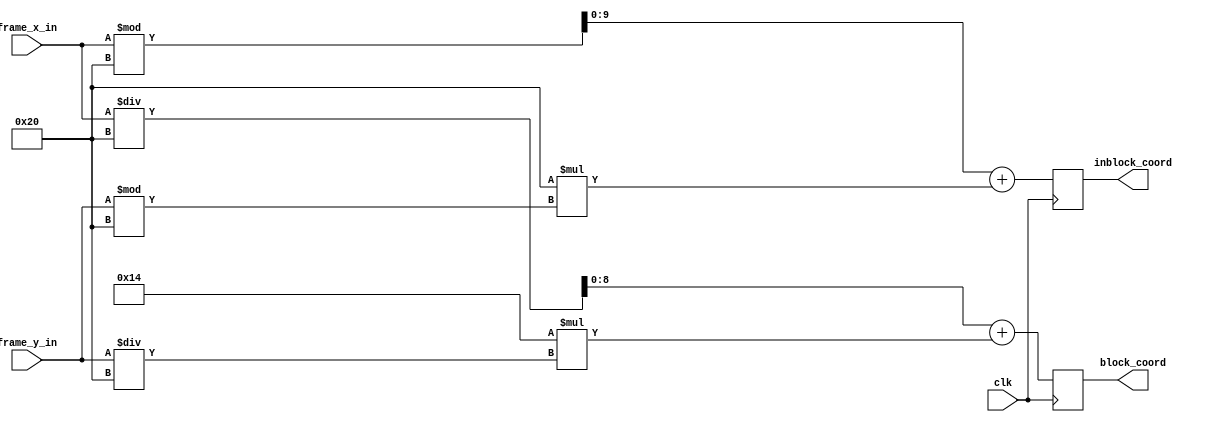
module block_conversion (frame_x_in, frame_y_in, clk, block_coord, inblock_coord);
	input[9:0] frame_x_in;
	input[9:0] frame_y_in;
	input clk;
	output[8:0] block_coord;
	output[9:0] inblock_coord;


wire [9:0] frame_x_in;
wire [9:0] frame_y_in;
reg[8:0] block_coord;
reg[9:0] inblock_coord;
	
always @(posedge clk) begin
	block_coord <= (frame_x_in / 32) + (20 * (frame_y_in / 32));
	
	inblock_coord <= (frame_x_in % 32) + (32 * (frame_y_in % 32));
	
end

endmodule